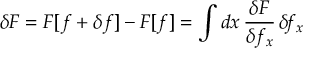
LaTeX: \delta F = F [ f + \delta f ] - F [ f ] = \int d x \, \frac { \delta F } { \delta f _ { x } } \, \delta \! f _ { x }